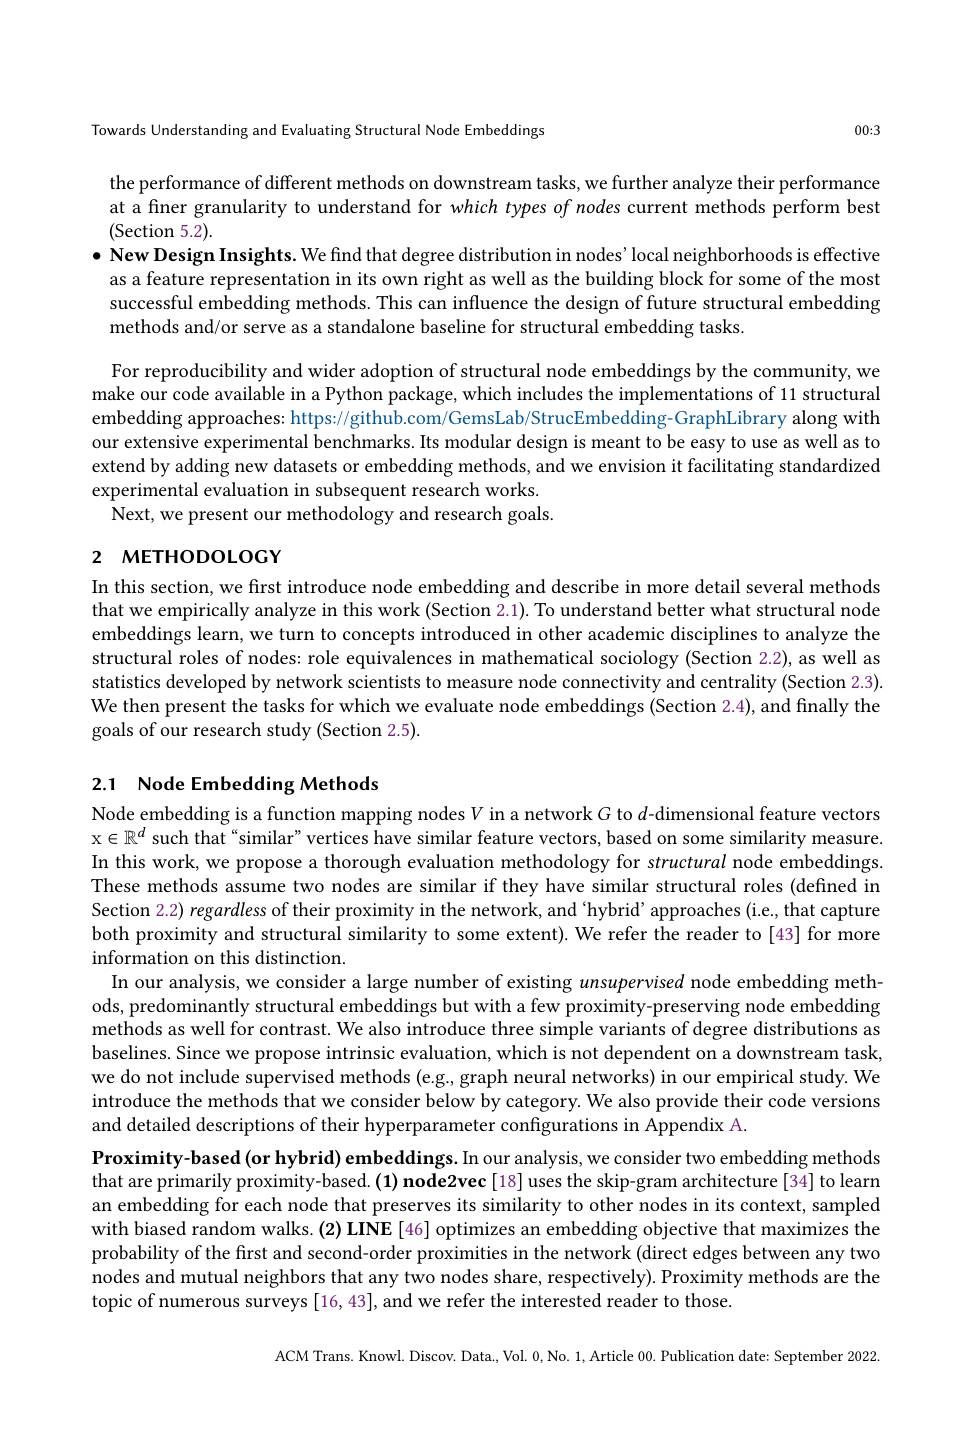
Towards Understanding and Evaluating Structural Node Embeddings

00:3

the performance of different methods on downstream tasks, we further analyze their performance at a finer granularity to understand for which types of nodes current methods perform best (Section 5.2).

$\bullet$ New Design Insights. We find that degree distribution in nodes'local neighborhoods is effective as a feature representation in its own right as well as the building block for some of the most successful embedding methods. This can influence the design of future structural embedding methods and/or serve as a standalone baseline for structural embedding tasks
For reproducibility and wider adoption of structural node embeddings by the community, we make our code available in a Python package, which includes the implementations of 11 structural embedding approaches: https://github.com/GemsLab/StrucEmbedding-GraphLibrary along with our extensive experimental benchmarks. Its modular design is meant to be easy to use as well as to extend by adding new datasets or embedding methods, and we envision it facilitating standardized experimental evaluation in subsequent research works. Next, we present our methodology and research goals.

# 2 метноросост $a$

In this section, we first introduce node embedding and describe in more detail several methods that we empirically analyze in this work (Section 2.1). To understand better what structural node embeddings learn, we turn to concepts introduced in other academic disciplines to analyze the structural roles of nodes: role equivalences in mathematical sociology (Section 2.2), as well as statistics developed by network scientists to measure node connectivity and centrality (Section 2.3). We then present the tasks for which we evaluate node embeddings (Section 2.4), and finally the goals of our research study (Section 2.5).

## 2.1 Node Embedding Methods

Node embedding is a function mapping nodes $V$ in a network $G$ to $d$-dimensional feature vectors $\mathrm{x\in\mathbb{R}^d~such~that~}^{\alpha}$similar" vertices have similar feature vectors, based on some similarity measure. In this work, we propose a thorough evaluation methodology for structural node embeddings. These methods assume two nodes are similar if they have similar structural roles (defined in Section 2.2) regardless of their proximity in the network, and 'hybrid’approaches (i.e., that capture both proximity and structural similarity to some extent). We refer the reader to[43] for more information on this distinction.
In our analysis, we consider a large number of existing unsupervised node embedding methods, predominantly structural embeddings but with a few proximity-preserving node embedding methods as well for contrast. We also introduce three simple variants of degree distributions as baselines. Since we propose intrinsic evaluation, which is not dependent on a downstream task, we do not include supervised methods (e.g, graph neural networks) in our empirical study. We introduce the methods that we consider below by category. We also provide their code versions and detailed descriptions of their hyperparameter configurations in Appendix A.
Proximity-based(or hybrid) embeddings. In our analysis, we consider two embedding methods that are primarily proximity-based. (1) node2vec[18] uses the skip-gram architecture[34] to learn an embedding for each node that preserves its similarity to other nodes in its context, sampled with biased random walks. (2) LINE [46] optimizes an embedding objective that maximizes the probability of the first and second-order proximities in the network (direct edges between any two nodes and mutual neighbors that any two nodes share, respectively). Proximity methods are the topic of numerous surveys [16, 43], and we refer the interested reader to those.

ACM Trans. Knowl. Discov. Data., Vol. 0,No. 1, Article 00. Publication date: September 2022